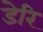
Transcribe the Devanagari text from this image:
डेरि